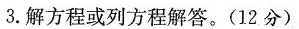
3.解方程或列方程解答。(12分)